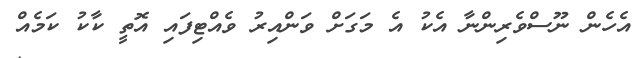
އެހެން ނޫސްވެރިންނާ އެކު އެ މަގަށް ވަންއިރު ވެއްޓިފައި އޮތީ ކާކު ކަމެއް